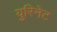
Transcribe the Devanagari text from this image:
युरिनेट